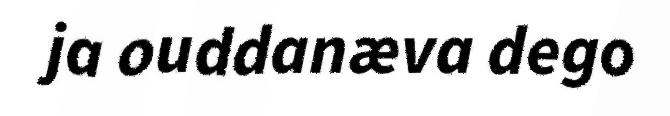
ja ouddanæva dego